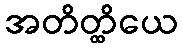
အတိတ္ထိယေ